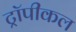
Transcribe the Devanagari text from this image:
ट्रॉपीकल